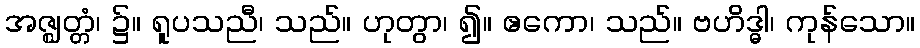
အဇ္ဈတ္တံ၊ ၌။ ရူပသညီ၊ သည်။ ဟုတွာ၊ ၍။ ဧကော၊ သည်။ ဗဟိဒ္ဓါ၊ ကုန်သော။